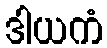
ဒါယကံ